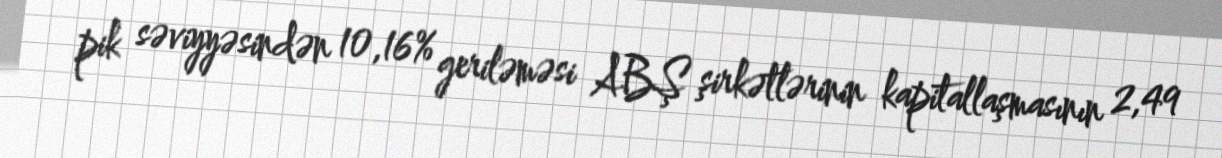
pik səviyyəsindən 10,16% geriləməsi ABŞ şirkətlərinin kapitallaşmasının 2,49